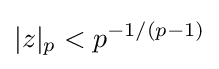
|z|_{p}<p^{-1/(p-1)}